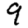
Digit: 9